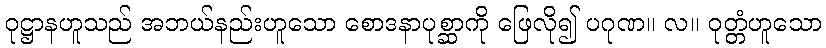
ဝုဋ္ဌာနဟူသည် အဘယ်နည်းဟူသော စောဒနာပုစ္ဆာကို ဖြေလို၍ ပဂုဏ။ လ။ ဝုတ္တံဟူသော